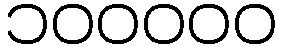
၁၀၀၀၀၀